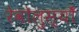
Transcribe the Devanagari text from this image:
रेवोलुस्योँ